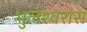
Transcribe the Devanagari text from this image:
भुलेश्वरास